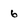
Character: 6